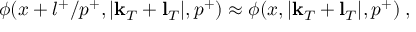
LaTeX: \phi ( x + l ^ { + } / p ^ { + } , | { \bf k } _ { T } + { \bf l } _ { T } | , p ^ { + } ) \approx \phi ( x , | { \bf k } _ { T } + { \bf l } _ { T } | , p ^ { + } ) \; ,